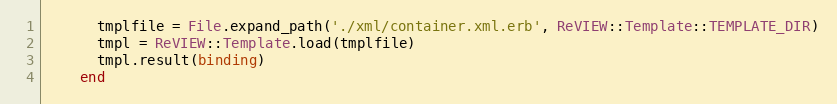
Language: Ruby
      tmplfile = File.expand_path('./xml/container.xml.erb', ReVIEW::Template::TEMPLATE_DIR)
      tmpl = ReVIEW::Template.load(tmplfile)
      tmpl.result(binding)
    end